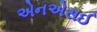
એનએસઈ